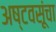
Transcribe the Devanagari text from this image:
अष्टवसूंचा